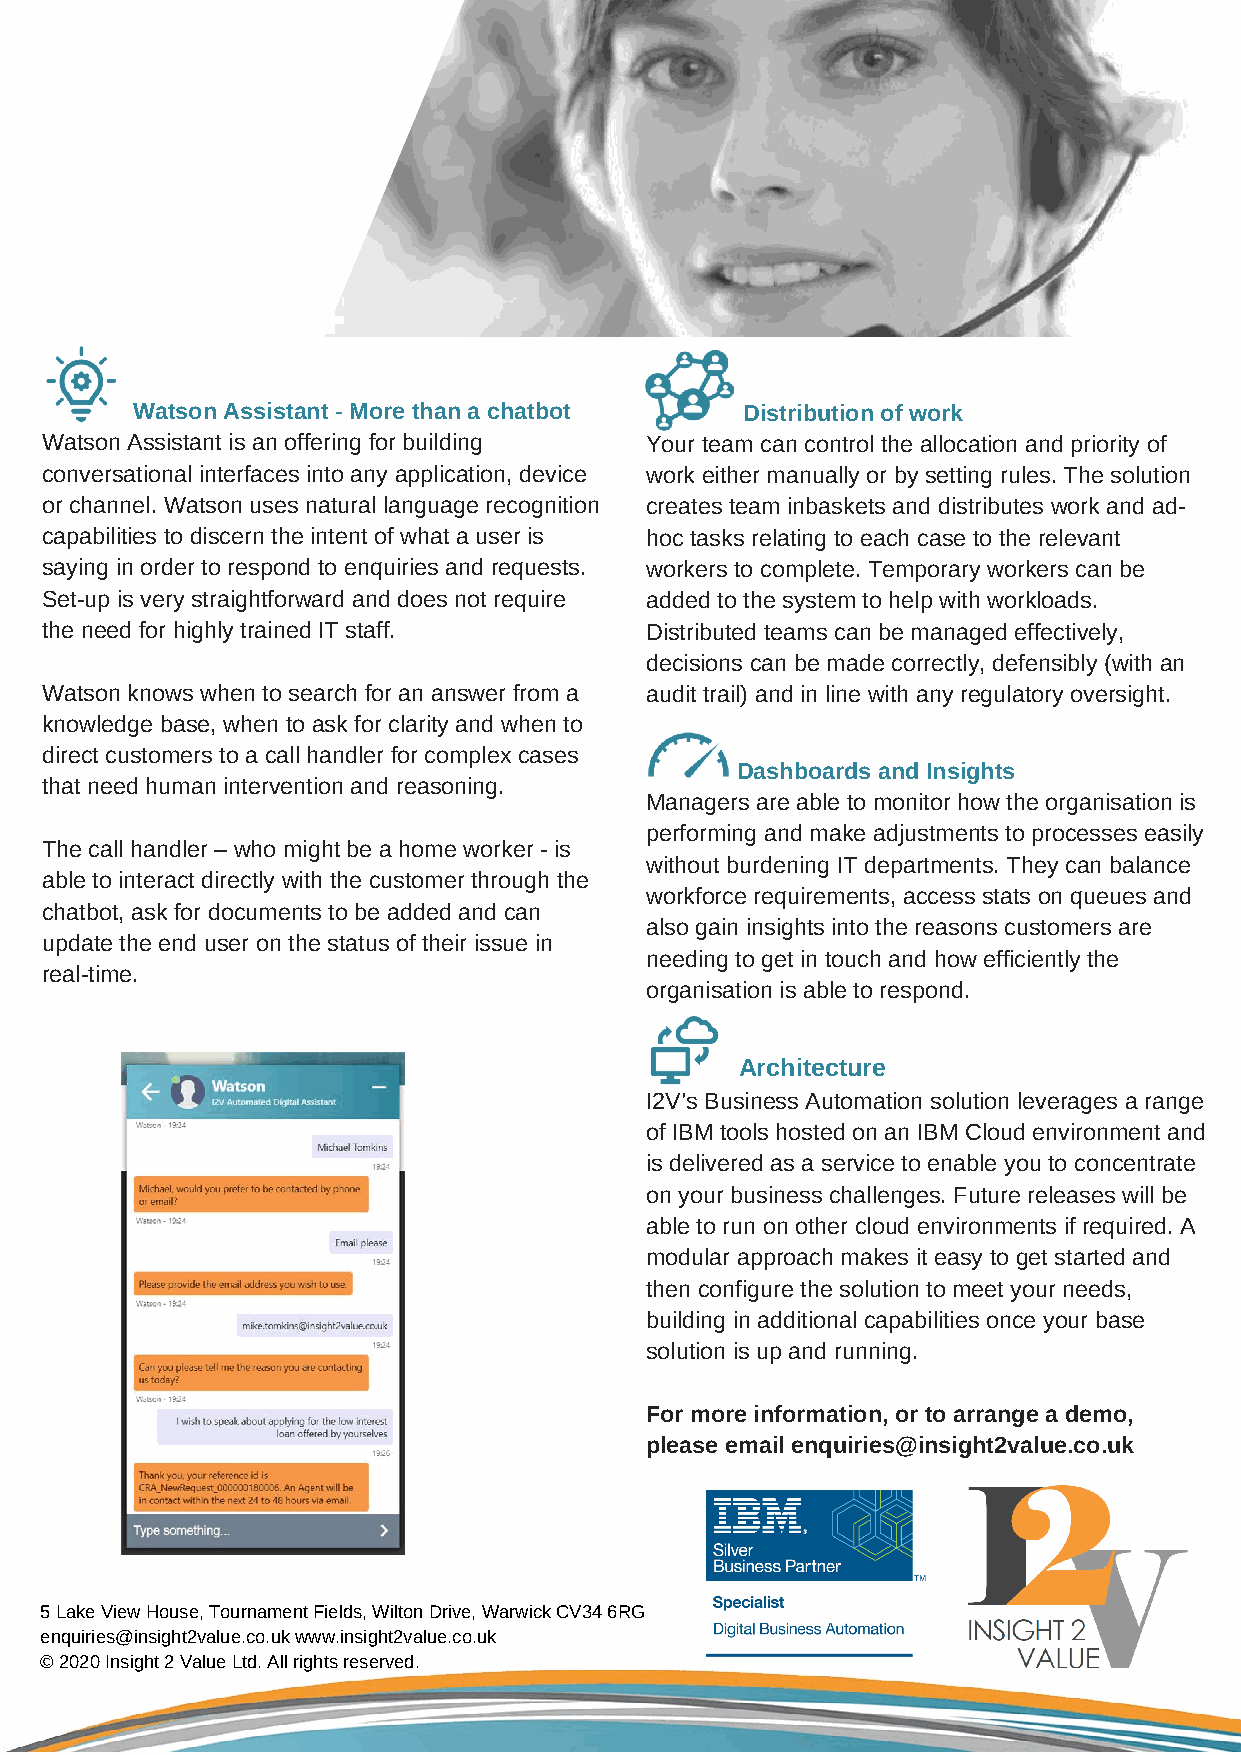
Watson Assistant - More than a chatbot  Distribution of work
 Watson Assistant is an offering for building Your team can control the allocation and priority of
 conversational interfaces into any application, device work either manually or by setting rules. The solution
 or channel. Watson uses natural language recognition creates team inbaskets and distributes work and ad-
 capabilities to discern the intent of what a user is hoc tasks relating to each case to the relevant
 saying in order to respond to enquiries and requests. workers to complete. Temporary workers can be
 Set-up is very straightforward and does not require added to the system to help with workloads.
 the need for highly trained IT staff.   Distributed teams can be managed effectively,
 decisions can be made correctly, defensibly (with an
 Watson knows when to search for an answer from a audit trail) and in line with any regulatory oversight.
 knowledge base, when to ask for clarity and when to
 direct customers to a call handler for complex cases
 Dashboards and Insights
 that need human intervention and reasoning.
 Managers are able to monitor how the organisation is
 performing and make adjustments to processes easily
 The call handler – who might be a home worker - is
 without burdening IT departments. They can balance
 able to interact directly with the customer through the
 workforce requirements, access stats on queues and
 chatbot, ask for documents to be added and can
 also gain insights into the reasons customers are
 update the end user on the status of their issue in
 needing to get in touch and how efficiently the
 real-time.
 organisation is able to respond.
 Architecture
 I2V’s Business Automation solution leverages a range
 of IBM tools hosted on an IBM Cloud environment and
 is delivered as a service to enable you to concentrate
 on your business challenges. Future releases will be
 able to run on other cloud environments if required. A
 modular approach makes it easy to get started and
 then configure the solution to meet your needs,
 building in additional capabilities once your base
 solution is up and running.
 For more information, or to arrange a demo,
 please email enquiries@insight2value.co.uk
 5 Lake View House, Tournament Fields, Wilton Drive, Warwick CV34 6RG
 enquiries@insight2value.co.uk www.insight2value.co.uk
 © 2020 Insight 2 Value Ltd. All rights reserved.